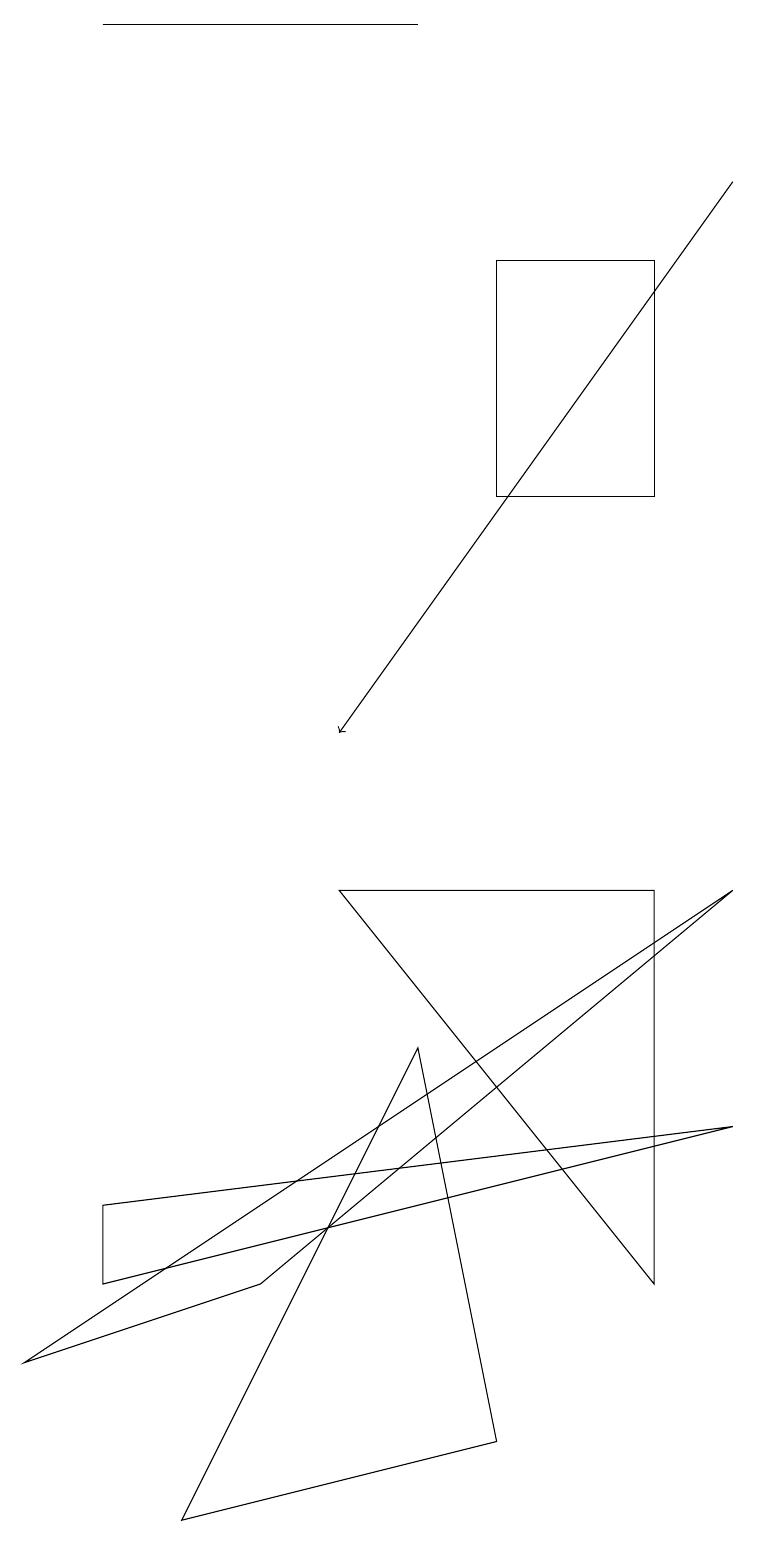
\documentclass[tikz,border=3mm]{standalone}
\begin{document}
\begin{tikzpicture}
\draw (1,4) -- (1,3) -- (9,5) -- cycle;
\draw[->] (9,17) -- (4,10);
\draw (3,3) -- (9,8) -- (0,2) -- cycle;
\draw (8,8) -- (8,3) -- (4,8) -- cycle;
\draw (8,13) rectangle (6,16);
\draw (1,19) rectangle (5,19);
\draw (5,6) -- (2,0) -- (6,1) -- cycle;
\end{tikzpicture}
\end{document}